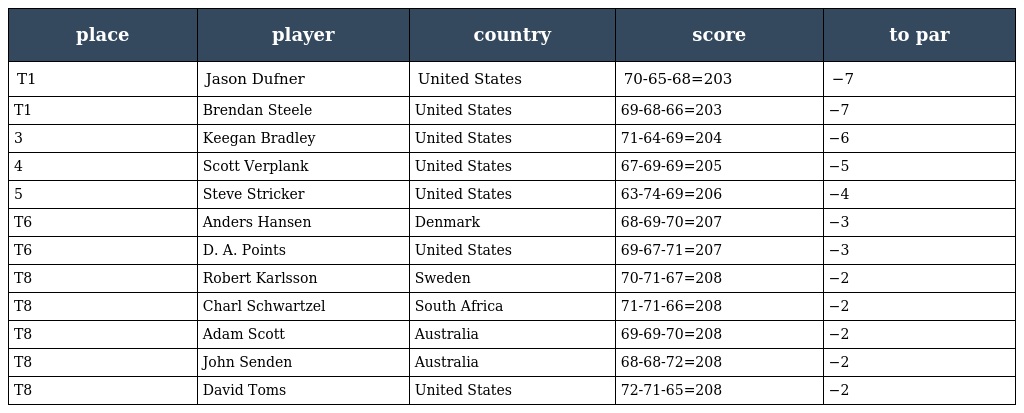
| place | player | country | score | to par |
 | --- | --- | --- | --- | --- |
 | T1 | Jason Dufner | United States | 70-65-68=203 | −7 |
 | T1 | Brendan Steele | United States | 69-68-66=203 | −7 |
 | 3 | Keegan Bradley | United States | 71-64-69=204 | −6 |
 | 4 | Scott Verplank | United States | 67-69-69=205 | −5 |
 | 5 | Steve Stricker | United States | 63-74-69=206 | −4 |
 | T6 | Anders Hansen | Denmark | 68-69-70=207 | −3 |
 | T6 | D. A. Points | United States | 69-67-71=207 | −3 |
 | T8 | Robert Karlsson | Sweden | 70-71-67=208 | −2 |
 | T8 | Charl Schwartzel | South Africa | 71-71-66=208 | −2 |
 | T8 | Adam Scott | Australia | 69-69-70=208 | −2 |
 | T8 | John Senden | Australia | 68-68-72=208 | −2 |
 | T8 | David Toms | United States | 72-71-65=208 | −2 |